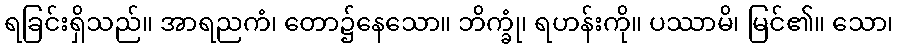
ရခြင်းရှိသည်။ အာရညကံ၊ တော၌နေသော။ ဘိက္ခုံ၊ ရဟန်းကို။ ပဿာမိ၊ မြင်၏။ သော၊